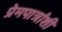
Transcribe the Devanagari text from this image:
प्रेमपात्रांशी